Plague in India, 1896, 1897 - Volume 1
Year: 1896
Disease focus: Plague
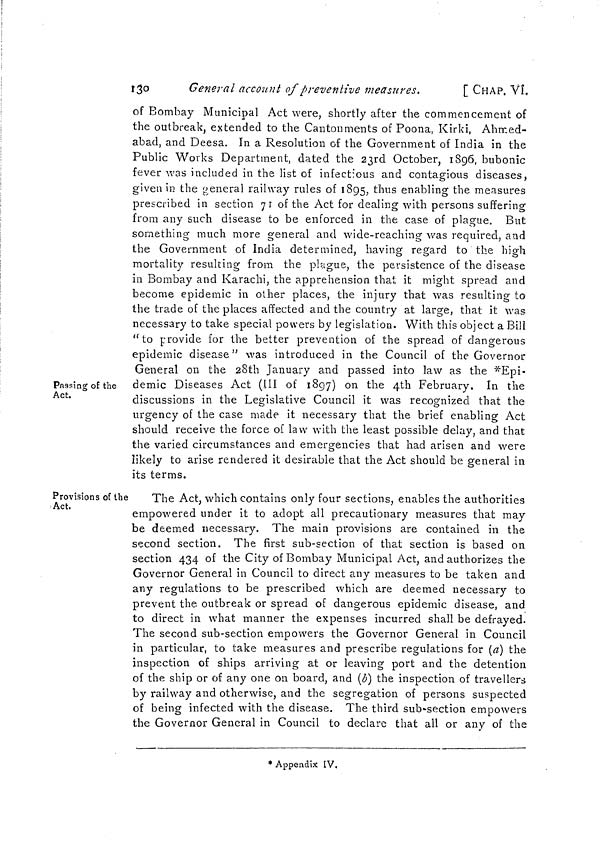
130
General account of preventive measures.
[ CHAP. VI.
Passing of the
Act.
of Bombay Municipal Act were, shortly after the commencement of
the outbreak, extended to the Cantonments of Poona, Kirki, Ahmed-
abad, and Deesa. In a Resolution of the Government of India in the
Public Works Department, dated the 23rd October, 1896, bubonic
fever was included in the list of infectious and contagious diseases,
given in the general railway rules of 1895, thus enabling the measures
prescribed in section 71 of the Act for dealing with persons suffering
from any such disease to be enforced in the case of plague. But
something much more general and wide-reaching was required, and
the Government of India determined, having regard to the high
mortality resulting from the plague, the persistence of the disease
in Bombay and Karachi, the apprehension that it might spread and
become epidemic in other places, the injury that was resulting to
the trade of the places affected and the country at large, that it was
necessary to take special powers by legislation. With this object a Bill
"to provide for the better prevention of the spread of dangerous
epidemic disease" was introduced in the Council of the Governor
General on the 28th January and passed into law as the *Epi-
demic Diseases Act (III of 1897) on the 4th February. In the
discussions in the Legislative Council it was recognized that the
urgency of the case made it necessary that the brief enabling Act
should receive the force of law with the least possible delay, and that
the varied circumstances and emergencies that had arisen and were
likely to arise rendered it desirable that the Act should be general in
its terms.
Provisions of the
Act.
The Act, which contains only four sections, enables the authorities
empowered under it to adopt all precautionary measures that may
be deemed necessary. The main provisions are contained in the
second section. The first sub-section of that section is based on
section 434 of the City of Bombay Municipal Act, and authorizes the
Governor General in Council to direct any measures to be taken and
any regulations to be prescribed which are deemed necessary to
prevent the outbreak or spread of dangerous epidemic disease, and
to direct in what manner the expenses incurred shall be defrayed.
The second sub-section empowers the Governor General in Council
in particular, to take measures and prescribe regulations for (a) the
inspection of ships arriving at or leaving port and the detention
of the ship or of any one on board, and (b) the inspection of travellers
by railway and otherwise, and the segregation of persons suspected
of being infected with the disease. The third sub-section empowers
the Governor General in Council to declare that all or any of the
* Appendix IV.